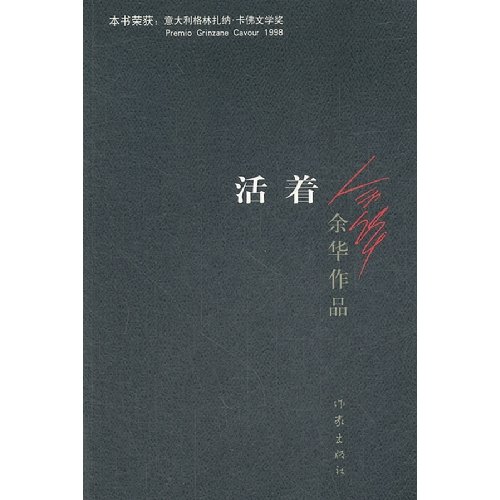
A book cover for To Live / A Book of Yuhua (Chinese Edition); Yu Hua; Literature & Fiction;